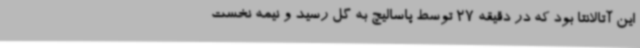
این آتالانتا بود که در دقیقه 27 توسط پاسالیچ به گل رسید و نیمه نخست